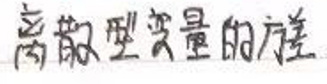
高频型变量的处理